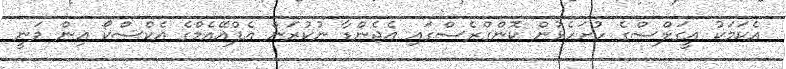
އެކަމަކު އީގަލްސްގެ ހުށަހެޅުން ކޮންގްރެސްގައި އެޖެންޑާ ނުކުރަން އެފްއޭއެމްގެ އެކްސްކޯ އިން ވަނީ